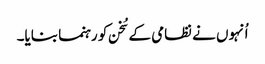
اُنہوں نے نظامی کے سُخن کو رہنما بنایا۔